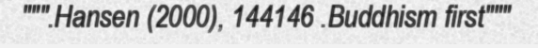
""".Hansen (2000), 144146 .Buddhism first"""